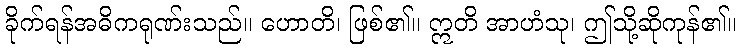
ခိုက်ရန်အဓိကရုဏ်းသည်။ ဟောတိ၊ ဖြစ်၏။ ဣတိ အာဟံသု၊ ဤသို့ဆိုကုန်၏။